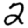
Digit: 2